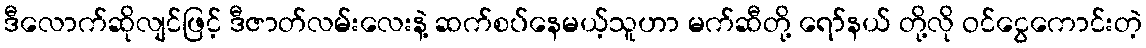
ဒီလောက်ဆိုလျင်ဖြင့် ဒီဇာတ်လမ်းလေးနဲ့ ဆက်စပ်နေမယ့်သူဟာ မက်ဆီတို့ ရော်နယ် တို့လို ဝင်ငွေကောင်းတဲ့